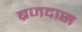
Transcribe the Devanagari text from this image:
ब्रजदास